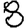
Digit: 8